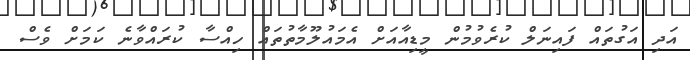
އަދި އަގުތައް ފައިނަލް ކުރެވުމުން މީޑިއާއަށް އެމައުލޫމާތުތައް ހިއްސާ ކުރައްވާނެ ކަމަށް ވެސް